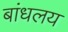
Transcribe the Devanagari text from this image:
बांधलय